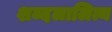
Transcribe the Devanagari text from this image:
शब्दलालित्य